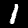
Digit: 1